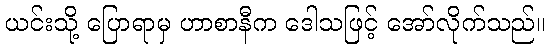
ယင်းသို့ ပြောရာမှ ဟာစာနီက ဒေါသဖြင့် အော်လိုက်သည်။